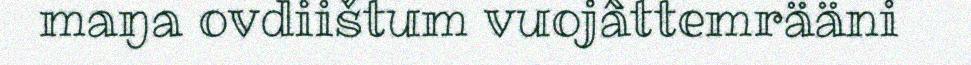
maŋa ovdiištum vuojâttemrääni